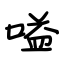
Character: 嗌